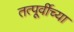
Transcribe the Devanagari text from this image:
तत्पूर्वीच्या